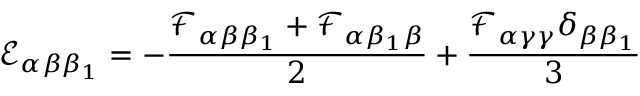
\mathcal { E } _ { \alpha \beta \beta _ { 1 } } = - \frac { \mathcal { F } _ { \alpha \beta \beta _ { 1 } } + \mathcal { F } _ { \alpha \beta _ { 1 } \beta } } { 2 } + \frac { \mathcal { F } _ { \alpha \gamma \gamma } \delta _ { \beta \beta _ { 1 } } } { 3 }